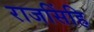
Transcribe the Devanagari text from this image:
राजसिंहि